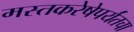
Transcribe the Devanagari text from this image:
मस्तकरेषेपर्यंतचा